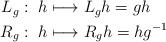
LaTeX: \begin{align*}\begin{aligned}L_g:\ h&\longmapsto L_g h=gh\\R_{g}:\ h&\longmapsto R_{g}h=hg^{-1}\end{aligned}\end{align*}